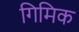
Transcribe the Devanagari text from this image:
गिमिक